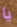
يا